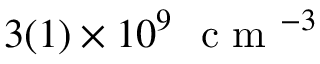
3 ( 1 ) \times 1 0 ^ { 9 } ~ \mathrm { ~ c ~ m ~ } ^ { - 3 }